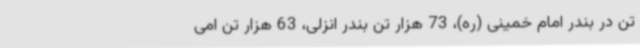
تن در بندر امام خمینی (ره)، 73 هزار تن بندر انزلی، 63 هزار تن امی